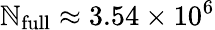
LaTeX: \mathbb{N}_{\mathrm{{full}}}\approx3.54\times10^{6}